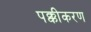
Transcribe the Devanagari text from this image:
पक्कीकरण